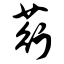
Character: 荇